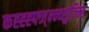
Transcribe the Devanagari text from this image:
कह्ह्ह्फ्ज्न्न्व्सुज्म्हि